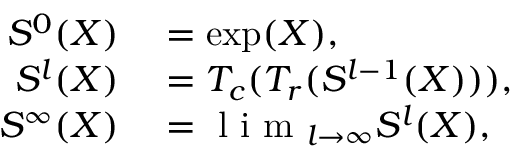
\begin{array} { r l } { S ^ { 0 } ( X ) } & { { } = \exp ( X ) , } \\ { S ^ { l } ( X ) } & { { } = T _ { c } ( T _ { r } ( S ^ { l - 1 } ( X ) ) ) , } \\ { S ^ { \infty } ( X ) } & { { } = \mathrm { ~ l ~ i ~ m ~ } _ { l \rightarrow \infty } S ^ { l } ( X ) , } \end{array}